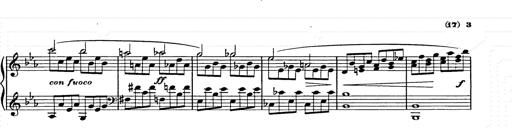
Title: Allegro di bravura
Composer: Carl Maria von Weber
Key: D major